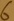
Text: 6